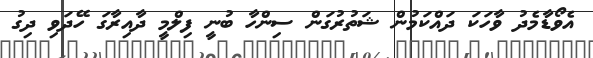
އެވޯޑާމެދު ވާހަކަ ދައްކަމުން ޝަތުރުގަން ސިންހާ ބުނީ ފިލްމީ ދާއިރާގަ ހޭދަވި ދިގު